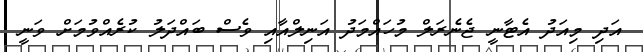
އަދި މިއަދު އެޓާނީ ޖެނެރަލް މުހައްމަދު އަނިލްއާއި ވެސް ބައްދަލު ކުރެއްވުމަށް ވަނީ